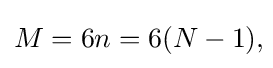
M=6n=6(N-1),\!